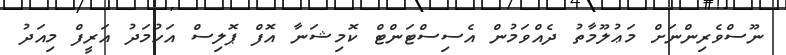
ނޫސްވެރިންނަށް މަޢުލޫމާތު ދެއްވަމުން އެސިސްޓަންޓް ކޮމިޝަނާ އޮފް ޕޮލިސް އަހުމަދު އަރީފް މިއަދު